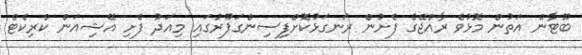
ބޫޓާން އަތުން މޮޅުވެ ރާއްޖޭގެ ފެށުން ރަނގަޅުކޮށްފިސިންގަޕޫރުގައި މިއަދު ފެށި އޭޝިއަން ކްރިކެޓް